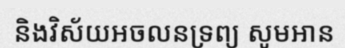
និងវិស័យអចលនទ្រព្យ សូមអាន